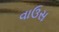
વાઉસ